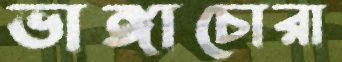
ভাঙ্গাচোরা